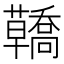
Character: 𧄳